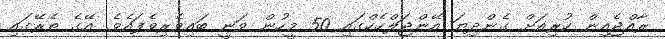
ރާއްޖެއިން ކުރިއަށް ގެންދިޔަ އޭންޖަލްހެކްގައި 50 މީހުން ވަނީ ބައިވެރިވެފައެވެ. އޭގެ ތެރޭގައި